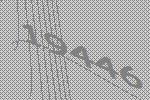
19446